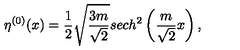
\eta ^ { ( 0 ) } ( x ) = \frac 1 2 \sqrt { \frac { 3 m } { \sqrt { 2 } } } s e c h ^ { 2 } \left( \frac { m } { \sqrt 2 } x \right) ,